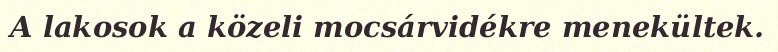
A lakosok a közeli mocsárvidékre menekültek.